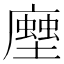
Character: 𧑢